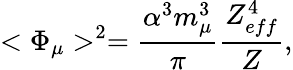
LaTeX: <\Phi_{\mu}>^{2}=\frac{\alpha^{3}m_{\mu}^{3}}{\pi}\frac{Z_{eff}^{4}}{Z},